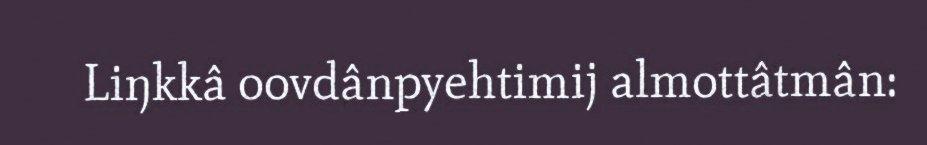
Liŋkkâ oovdânpyehtimij almottâtmân: